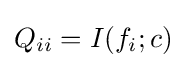
Q_{ii}=I(f_{i};c)